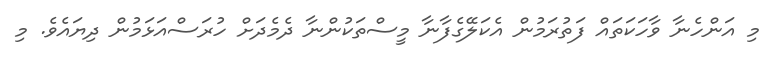
މި އަންހެނާ ވާހަކަތައް ފަތުރަމުން އެކަލޭގެފާނާ މީސްތަކުންނާ ދެމެދަށް ހުރަސްއަޅަމުން ދިޔައެވެ. މި